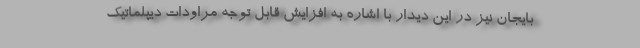
بایجان نیز در این دیدار با اشاره به افزایش قابل توجه مراودات دیپلماتیک